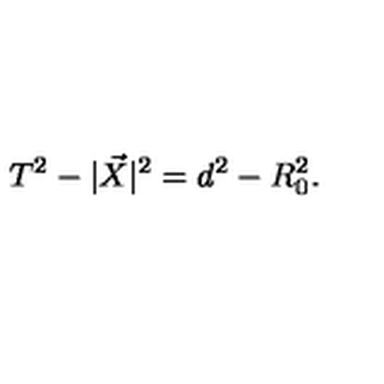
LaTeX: T ^ { 2 } - | \vec { X } | ^ { 2 } = d ^ { 2 } - R _ { 0 } ^ { 2 } .